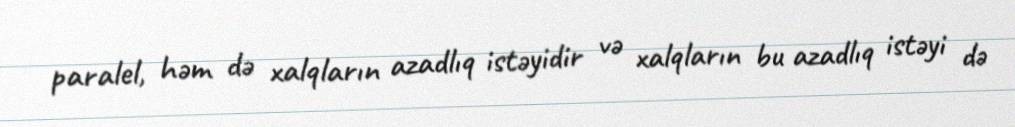
paralel, həm də xalqların azadlıq istəyidir və xalqların bu azadlıq istəyi də